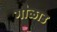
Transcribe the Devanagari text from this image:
गौळाउ